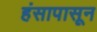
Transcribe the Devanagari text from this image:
हंसापासून